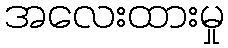
အလေးထားမှု